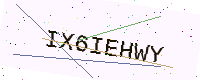
Text: IX6IEHWY